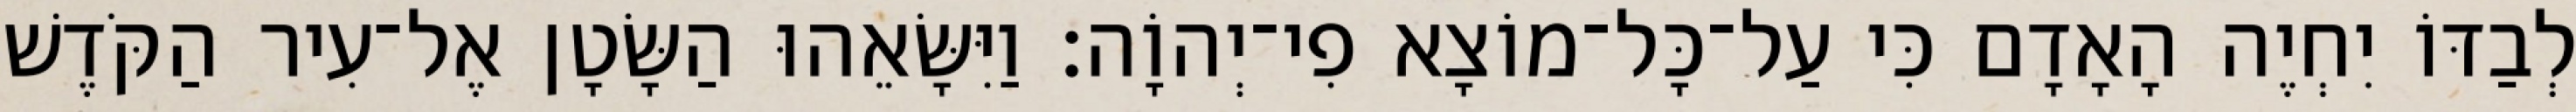
לְבַדּוֹ יִחְיֶה הָאָדָם כִּי עַל־כָּל־מוֹצָא פִי־יְהוָֹה׃ וַיִּשָּׂאֵהוּ הַשָּׂטָן אֶל־עִיר הַקֹּדֶשׁ